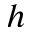
h